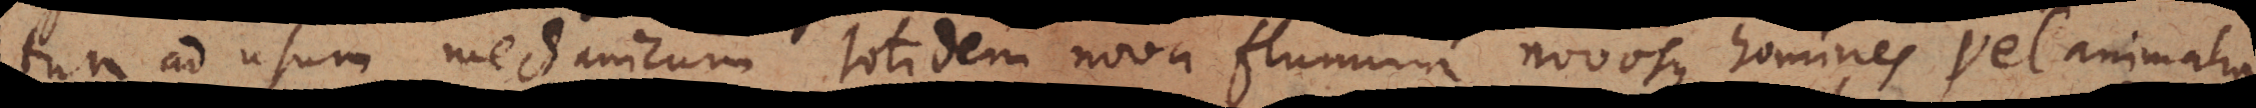
tum ad usum mechanicum totidem nova flumina novosque homines vel animalia